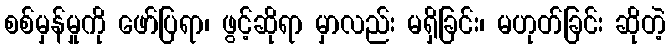
စစ်မှန်မှုကို ဖော်ပြရာ၊ ဖွင့်ဆိုရာ မှာလည်း မရှိခြင်း၊ မဟုတ်ခြင်း ဆိုတဲ့